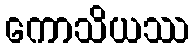
ကောသိယဿ